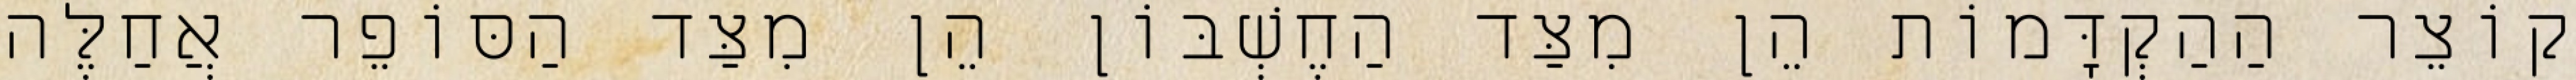
קוֹצֵר הַהַקְדָּמוֹת הֵן מִצַּד הַחֶשְׁבּוֹן הֵן מִצַּד הַסּוֹפֵר אֲחַלֶּה